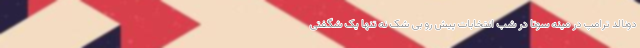
دونالد ترامپ در مینه سوتا در شب انتخابات پیش رو بی شک نه تنها یک شگفتی